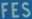
FES